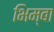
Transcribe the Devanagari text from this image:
भिम्बा